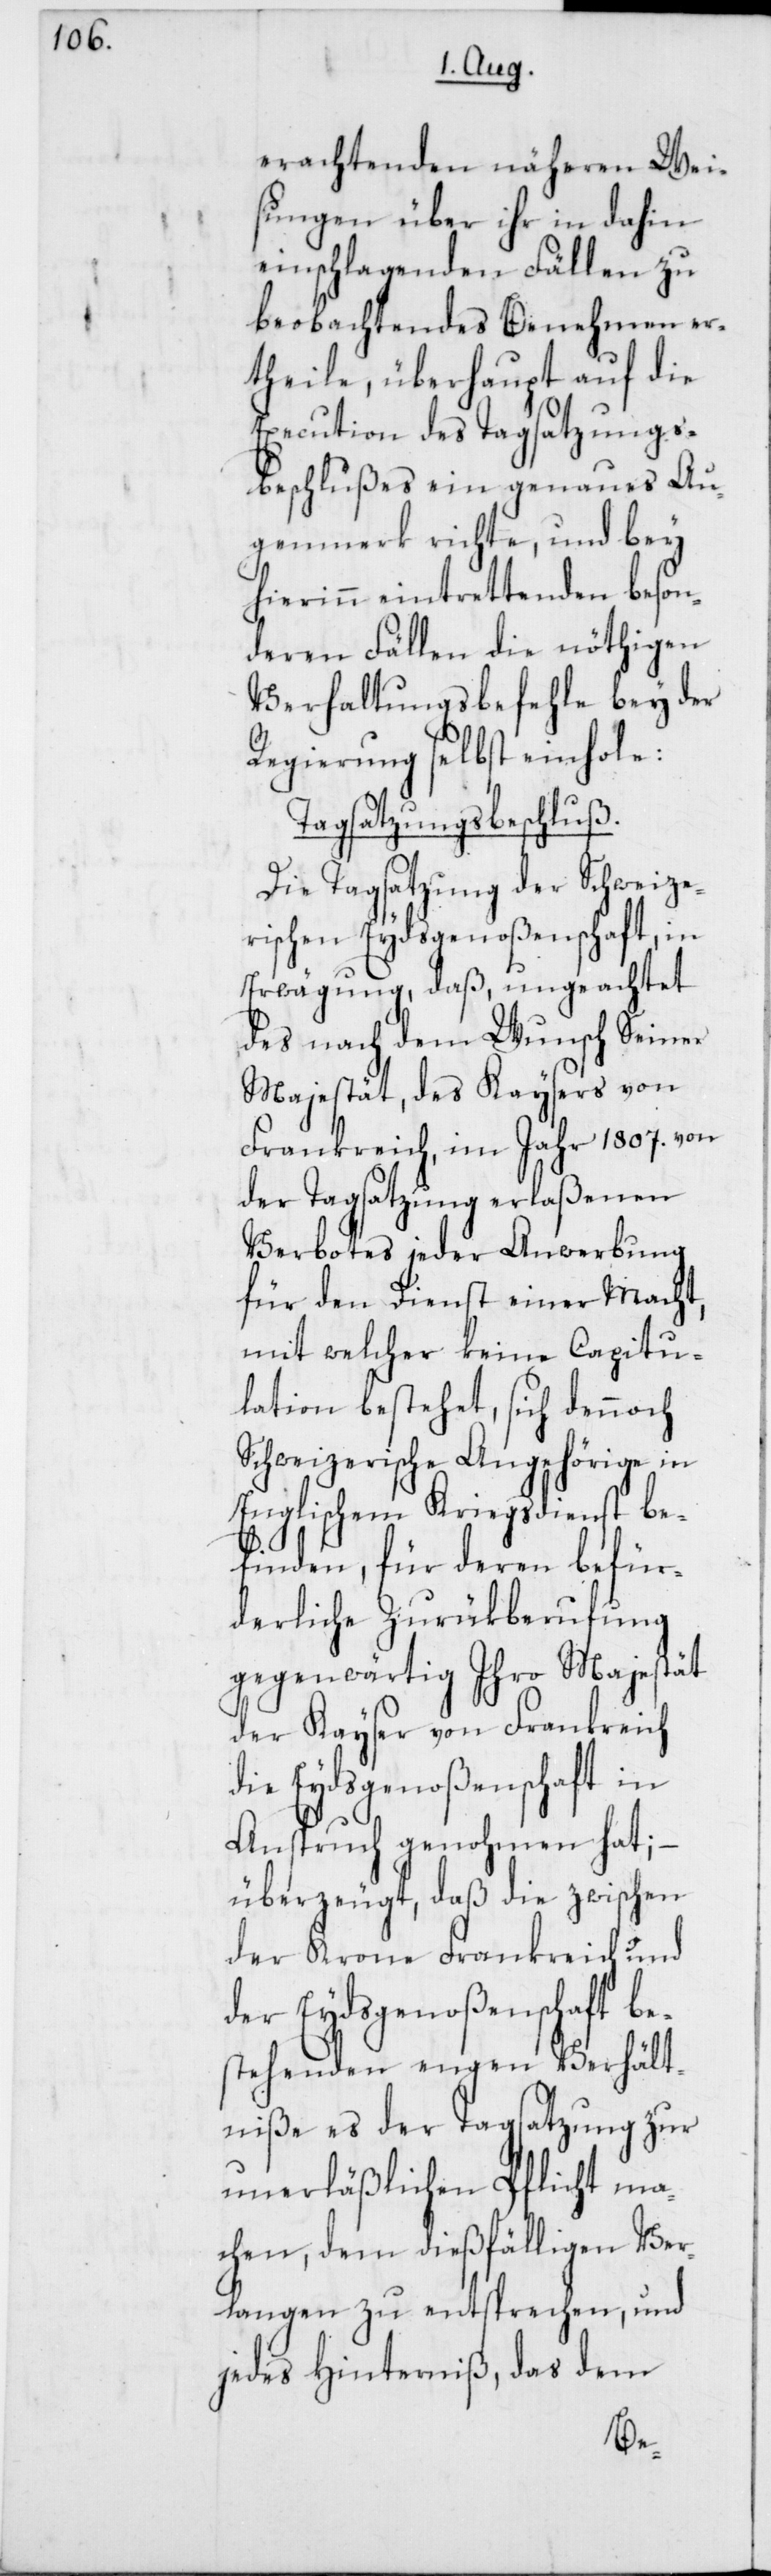
erachtenden näheren Wei¬
sungen über ihr in dahin
einschlagenden Fällen zu
beobachtendes Benehmen er¬
theile, überhaupt auf die
Execution des Tagsatzungs¬
beschlußes ein genaues Au¬
genmerk richte, und bey
hierinn eintrettenden beson¬
deren Fällen die nöthigen
Verhaltungsbefehle bey der
Regierung selbst einhole:
Tagsatzungsbeschluß.
Die Tagsatzung der Schweize¬
rischen Eydsgenoßenschaft, in
Erwägung, daß, ungeachtet
des nach dem Wunsch Seiner
Majestät des Kaysers von
Frankreich, im Jahr 1807. von
der Tagsatzung erlaßenen
Verbotes jeder Anwerbung
für den Dienst einer Macht,
mit welcher keine Capitu¬
lation bestehet, sich dennoch
Schweizerische Angehörige in
Englischem Kriegsdienst be¬
finden, für deren befür¬
derliche Zurükberufung
gegenwärtig Ihro Majestät
der Kayser von Frankreich
die Eydsgenoßenschaft in
Anspruch genohmen hat; –
überzeugt, daß die zwischen
der Krone Frankreich und
der Eydsgenoßenschaft be¬
stehenden engen Verhält¬
niße es der Tagsatzung zur
unerläßlichen Pflicht ma¬
chen, dem dießfälligen Ver¬
langen zu entsprechen, und
jedes Hinderniß, das dem